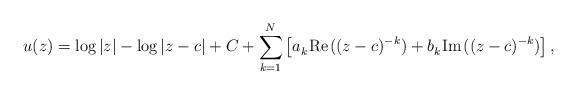
LaTeX: \begin{align*}u(z) = \log|z| - \log|z-c\kern .3pt| + C + \sum_{k=1}^N \left[a_k^{}\kern 1pt\hbox{Re\kern 1pt} ((z-c)^{-k}) + b_k^{}\kern 1pt\hbox{Im\kern 1pt }((z-c)^{-k})\right],\end{align*}